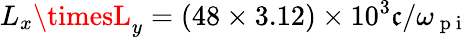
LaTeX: L_{x}\timesL_{y}=\left(48\times3.12\right)\times10^{3}\mathfrak{c}/\omega_{\mathrm{{~p~i~}}}